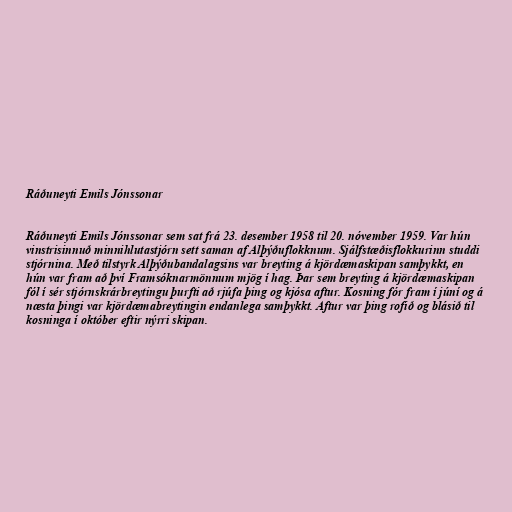
Ráðuneyti Emils Jónssonar

Ráðuneyti Emils Jónssonar sem sat frá 23. desember 1958 til 20. nóvember 1959. Var hún
vinstrisinnuð minnihlutastjórn sett saman af Alþýðuflokknum. Sjálfstæðisflokkurinn studdi
stjórnina. Með tilstyrk Alþýðubandalagsins var breyting á kjördæmaskipan samþykkt, en
hún var fram að því Framsóknarmönnum mjög í hag. Þar sem breyting á kjördæmaskipan
fól í sér stjórnskrárbreytingu þurfti að rjúfa þing og kjósa aftur. Kosning fór fram í júní og á
næsta þingi var kjördæmabreytingin endanlega samþykkt. Aftur var þing rofið og blásið til
kosninga í október eftir nýrri skipan.